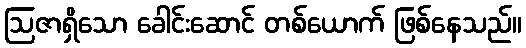
ဩဇာရှိသော ခေါင်းဆောင် တစ်ယောက် ဖြစ်နေသည်။